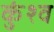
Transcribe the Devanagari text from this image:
कुंश्व